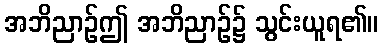
အဘိညာဉ်ဤ အဘိညာဉ်၌ သွင်းယူရ၏။